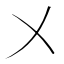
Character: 㐅